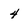
Character: 4